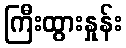
ကြီးထွားနှုန်း